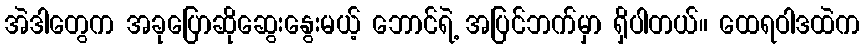
အဲဒါတွေက အခုပြောဆိုဆွေးနွေးမယ့် ဘောင်ရဲ့ အပြင်ဘက်မှာ ရှိပါတယ်။ ထေရဝါဒထဲက